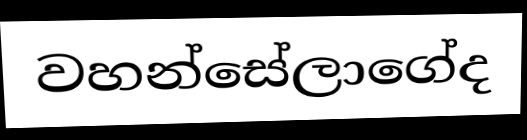
වහන්සේලාගේද